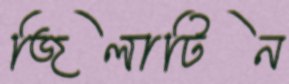
জিলাটিন